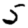
Digit: 5